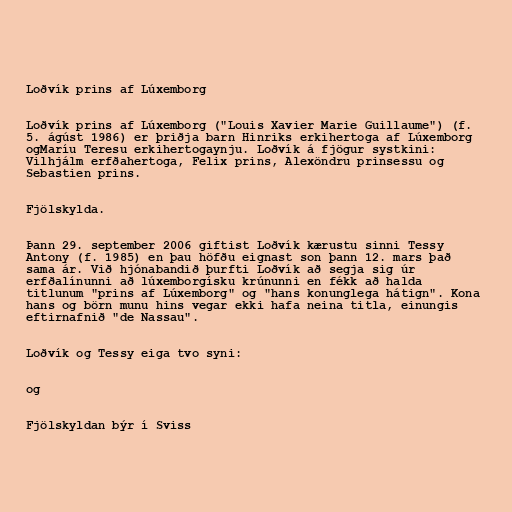
Loðvík prins af Lúxemborg

Loðvík prins af Lúxemborg ("Louis Xavier Marie Guillaume") (f.
5. ágúst 1986) er þriðja barn Hinriks erkihertoga af Lúxemborg
ogMaríu Teresu erkihertogaynju. Loðvík á fjögur systkini:
Vilhjálm erfðahertoga, Felix prins, Alexöndru prinsessu og
Sebastien prins.

Fjölskylda.

Þann 29. september 2006 giftist Loðvík kærustu sinni Tessy
Antony (f. 1985) en þau höfðu eignast son þann 12. mars það
sama ár. Við hjónabandið þurfti Loðvík að segja sig úr
erfðalínunni að lúxemborgísku krúnunni en fékk að halda
titlunum "prins af Lúxemborg" og "hans konunglega hátign". Kona
hans og börn munu hins vegar ekki hafa neina titla, einungis
eftirnafnið "de Nassau".

Loðvík og Tessy eiga tvo syni:

og

Fjölskyldan býr í Sviss